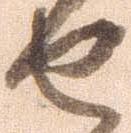
せ